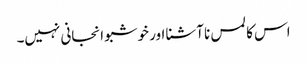
اس کا لمس نا آشنا اور خوشبو انجانی نہیں۔